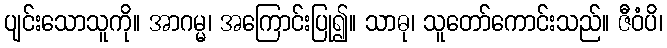
ပျင်းသောသူကို။ အာဂမ္မ၊ အကြောင်းပြု၍။ သာဓု၊ သူတော်ကောင်းသည်။ ဇီဝံပိ၊